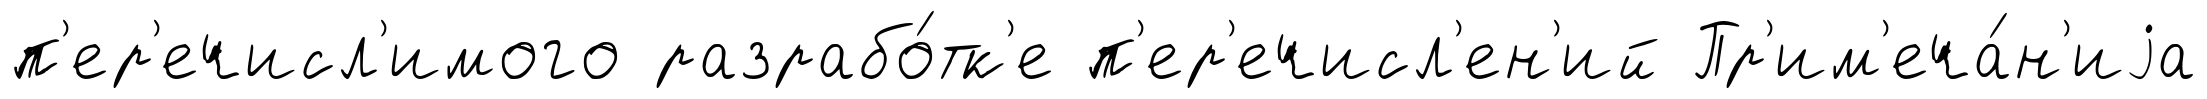
п'ер'ечисл'имого разрабо́тк'е п'ер'ечисл'ен'ий Пр'им'еча́н'иjа